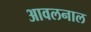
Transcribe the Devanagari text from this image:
आवलनाल